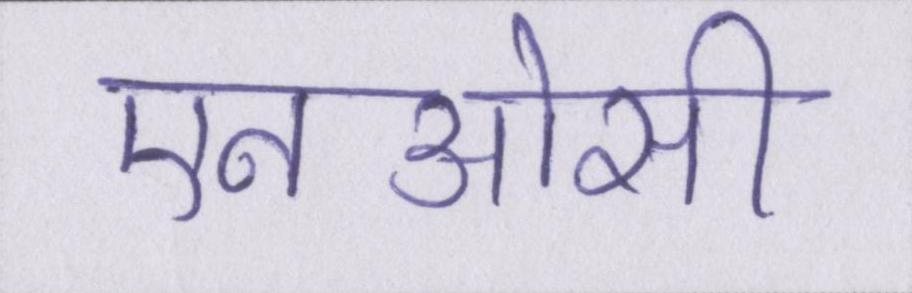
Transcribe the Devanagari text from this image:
एनओसी